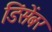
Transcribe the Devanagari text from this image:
डिंसेंबर